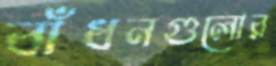
বাঁধনগুলোর